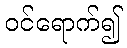
ဝင်ရောက်၍